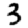
Digit: 3